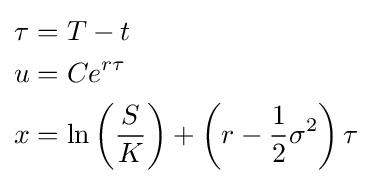
{\begin{aligned}\tau &=T-t\\u&=Ce^{r\tau }\\x&=\ln \left({\frac {S}{K}}\right)+\left(r-{\frac {1}{2}}\sigma ^{2}\right)\tau \end{aligned}}